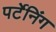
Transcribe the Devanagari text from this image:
पर्टेनिंग